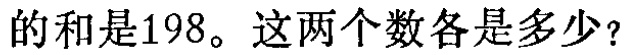
的和是198。这两个数各是多少？